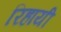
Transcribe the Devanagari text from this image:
रिहायी